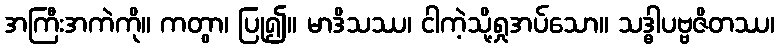
အကြီးအကဲကို။ ကတွာ၊ ပြု၍။ မာဒိသဿ၊ ငါကဲ့သို့ရှုအပ်သော။ သဒ္ဓါပဗ္ဗဇိတဿ၊